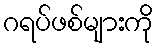
ဂရပ်ဖစ်များကို